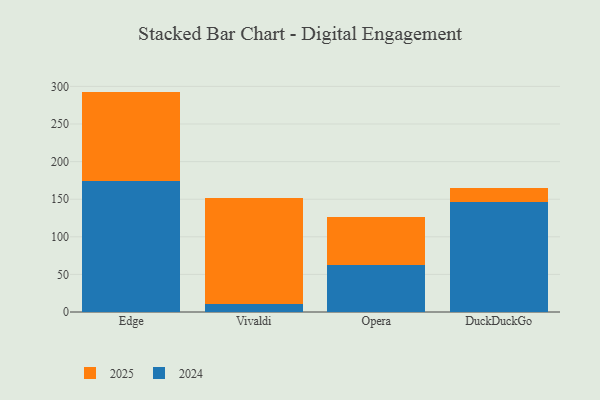
{"axis": {"x": "Browser", "y": "Market Share (%)"}, "legend": ["2024", "2025"], "data": [{"x": "Edge", "y": 173.9, "type": "2024"}, {"x": "Edge", "y": 119.2, "type": "2025"}, {"x": "Vivaldi", "y": 10.8, "type": "2024"}, {"x": "Vivaldi", "y": 141.0, "type": "2025"}, {"x": "Opera", "y": 62.5, "type": "2024"}, {"x": "Opera", "y": 64.5, "type": "2025"}, {"x": "DuckDuckGo", "y": 146.7, "type": "2024"}, {"x": "DuckDuckGo", "y": 17.9, "type": "2025"}]}